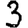
Digit: 3